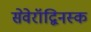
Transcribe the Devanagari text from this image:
सेवेरॉद्विनस्क